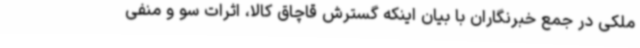
ملکی در جمع خبرنگاران با بیان اینکه گسترش قاچاق کالا، اثرات سو و منفی